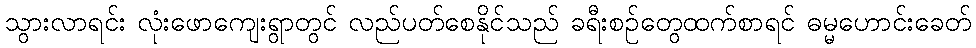
သွားလာရင်း လုံးဖောကျေးရွာတွင် လည်ပတ်စေနိုင်သည် ခရီးစဉ်တွေထက်စာရင် ဓမ္မဟောင်းခေတ်